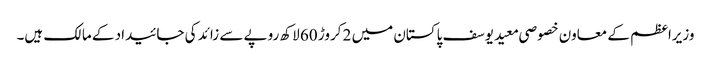
وزیراعظم کے معاون خصوصی معید یوسف پاکستان میں 2 کروڑ 60 لاکھ روپے سے زائد کی جائیداد کے مالک ہیں۔